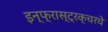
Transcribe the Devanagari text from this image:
इन्फ्रास्ट्रक्चरचे